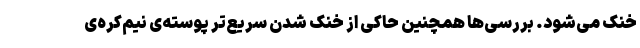
خنک می‌شود. بررسی‌ها همچنین حاکی از خنک شدن سریع‌تر پوسته‌ی نیم‌کره‌ی